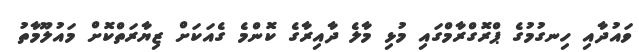
ވައުދާއި ހިނގުމުގެ ޕްރޮގްރާމްގައި މުޅި މާލެ ދާއިރާގެ ކޮންމެ ގެއަކަށް ޒިޔާރަތްކޮށް މައުލޫމާތު